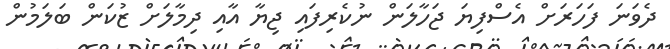
ދެވަނަ ފަހަރަށް އެސްފިޔަ ޖަހާލަން ނުކެރިފައި ޖިޔާ އާއި ދިމާލަށް ޒުކަން ބަލަމުން